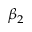
\beta _ { 2 }